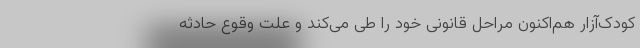
کودک‌آزار هم‌اکنون مراحل قانونی خود را طی می‌کند و علت وقوع حادثه